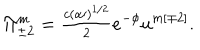
\Pi _ { \pm 2 } ^ { m } = { \textstyle \frac { c ( \alpha \prime ) ^ { 1 / 2 } } { 2 } } e ^ { - \phi } u ^ { m [ \mp 2 ] } .